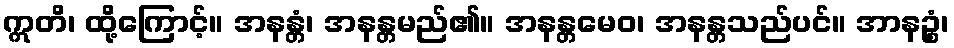
ဣတိ၊ ထို့ကြောင့်။ အနန္တံ၊ အနန္တမည်၏။ အနန္တမေဝ၊ အနန္တသည်ပင်။ အာနဉ္စံ၊